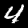
Label: 4